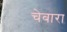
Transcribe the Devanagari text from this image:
चेबारा